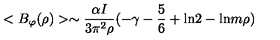
< B _ { \varphi } ( \rho ) > \sim \frac { \alpha I } { 3 \pi ^ { 2 } \rho } ( - \gamma - \frac { 5 } { 6 } + \mathrm { l n } 2 - \mathrm { l n } m \rho )